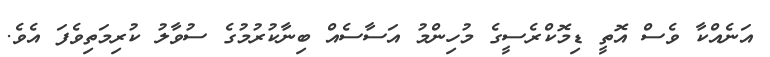
އަނެއްކާ ވެސް އޮތީ ޑިމޮކްރެސީގެ މުހިންމު އަސާސެއް ބިނާކުރުމުގެ ސުވާލު ކުރިމަތިވެފަ އެވެ.